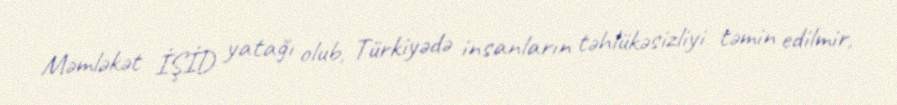
Məmləkət İŞİD yatağı olub, Türkiyədə insanların təhlükəsizliyi təmin edilmir,